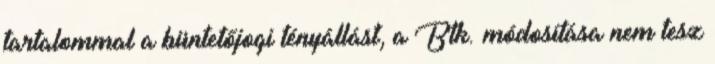
tartalommal a büntetőjogi tényállást, a Btk. módosítása nem tesz